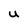
Character: U